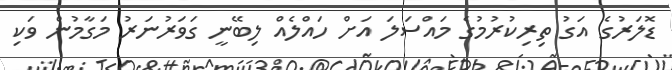
ޑޮލަރުގެ އަގު ތިރިކުރުމުގެ މައްސަލަ އަށް ހައްލެއް ލިބޭނީ ގަވަރުނަރު މަގާމުން ވަކި